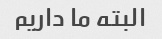
البته ما داریم